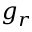
g _ { r }